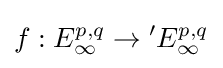
f:E_{\infty }^{p,q}\to {}^{\prime }E_{\infty }^{p,q}